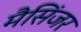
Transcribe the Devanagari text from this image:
मैसिंजर